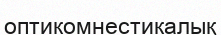
оптикомнестикалық